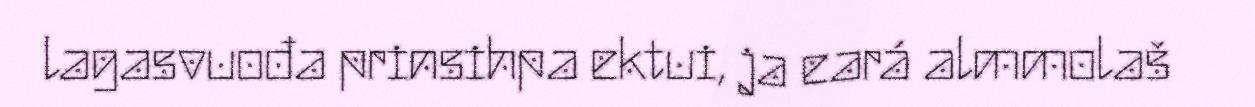
lagasvuođa prinsihpa ektui, ja eará almmolaš